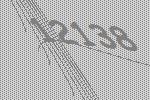
12138